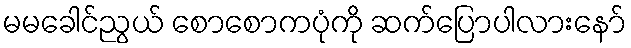
မမခေါင်ညွယ် စောစောကပုံကို ဆက်ပြောပါလားနော်